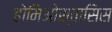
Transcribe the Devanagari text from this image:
होमिओस्तासिस